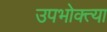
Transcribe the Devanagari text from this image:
उपभोक्त्या